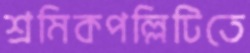
শ্রমিকপল্লিটিতে